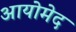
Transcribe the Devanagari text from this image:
आयोमेद